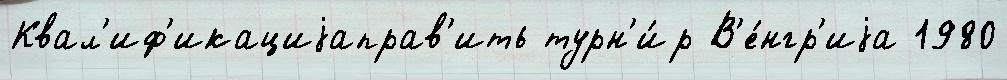
Квал'иф'икациjаправ'ить турн'и́р В'е́нгр'иjа 1980